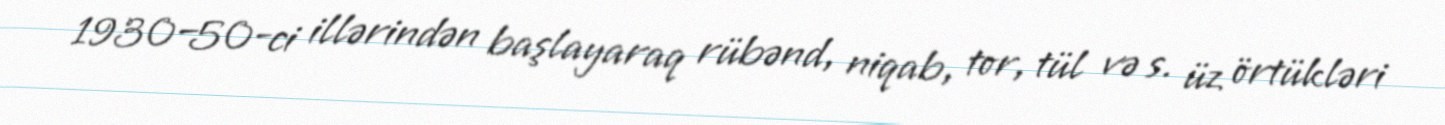
1930–50-ci illərindən başlayaraq rübənd, niqab, tor, tül və s. üz örtükləri